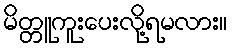
မိတ္တူကူးပေးလို့ရမလား။